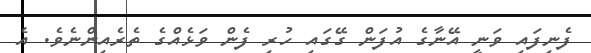
ފެނިފައި ވަނީ އޭނާގެ އުފަން ގޭގައި ހުރި ފެން ވަޅެއްގެ ތެރެއިންނެވެ. އެ